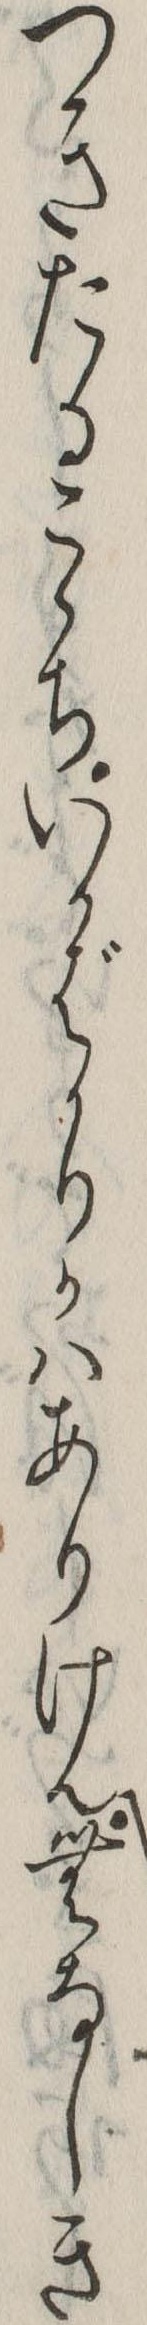
つきたるこゝちいかばかりかはありけんむなしき